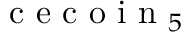
{ \mathrm { ~ c ~ e ~ c ~ o ~ i ~ n ~ } } _ { 5 }